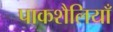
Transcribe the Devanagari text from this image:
पाकशैलियाँ